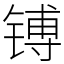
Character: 镈